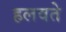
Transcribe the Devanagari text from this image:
हलवते